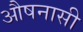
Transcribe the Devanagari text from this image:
औषनासी